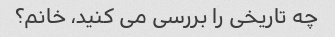
چه تاریخی را بررسی می کنید، خانم؟